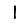
Digit: 1